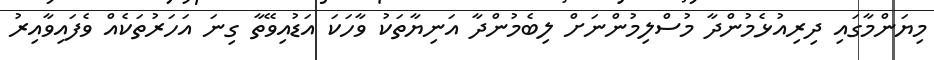
މިޔަންމާގައި ދިރިއުޅެމުންދާ މުސްލިމުންނަށް ލިބެމުންދާ އަނިޔާތަކު ވާހަކަ އަޑުއިވޭތާ ގިނަ އަހަރުތަކެއް ވެފައިވާއިރު